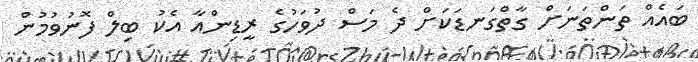
ބައެއް ތަންތަނަށް ގާތްގަނޑަކަށް ދެ މަސް ދުވަހުގެ ރީޑިންއާ އެކު ބިލް ފޮނުވުމުން